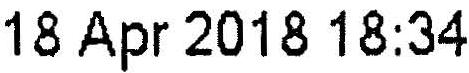
18 APR 2018 18:34